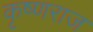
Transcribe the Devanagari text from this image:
कृष्‍णराज